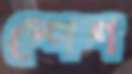
স্পেশ